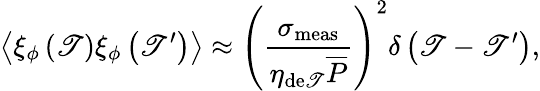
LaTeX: \left\langle\xi_{\phi}\left(\mathscr{T}\right)\xi_{\phi}\left(\mathscr{T}^{\prime}\right)\right\rangle\approx\left(\frac{{\sigma_{\mathrm{{meas}}}}}{{\eta_{\mathrm{{de\mathscr{T}}}}\overline{{{P}}}}}\right)^{2}\delta\left(\mathscr{T}-\mathscr{T}^{\prime}\right),